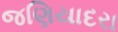
જણિયાદરા